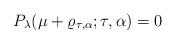
LaTeX: \begin{align*}P_\lambda(\mu+\varrho_{\tau,\alpha};\tau,\alpha)=0\end{align*}